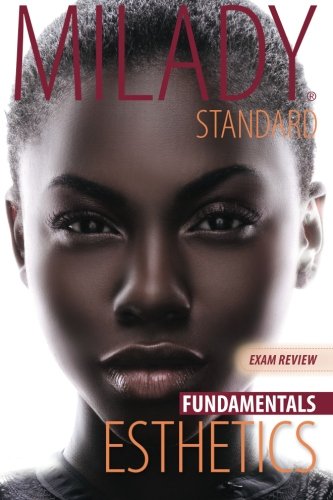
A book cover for Exam Review for Milady Standard Esthetics: Fundamentals; Milady; Test Preparation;